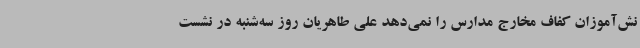
نش‌آموزان کفاف مخارج مدارس را نمی‌دهد علی طاهریان روز سه‌شنبه در نشست